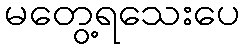
မတွေ့ရသေးပေ